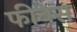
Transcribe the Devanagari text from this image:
फीबस